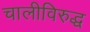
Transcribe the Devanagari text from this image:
चालीविरुद्ध